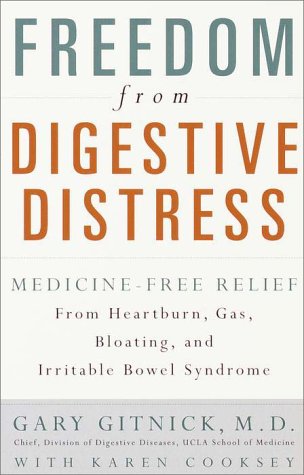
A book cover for Freedom from Digestive Distress: Medicine-Free Relief from Heartburn, Gas, Bloating, and Irritable Bowel Syndrome; Gary Gitnick; Health, Fitness & Dieting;